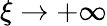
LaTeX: \xi\rightarrow+\infty